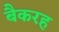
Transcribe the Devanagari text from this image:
बैकरह